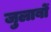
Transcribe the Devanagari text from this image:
जुलाबों